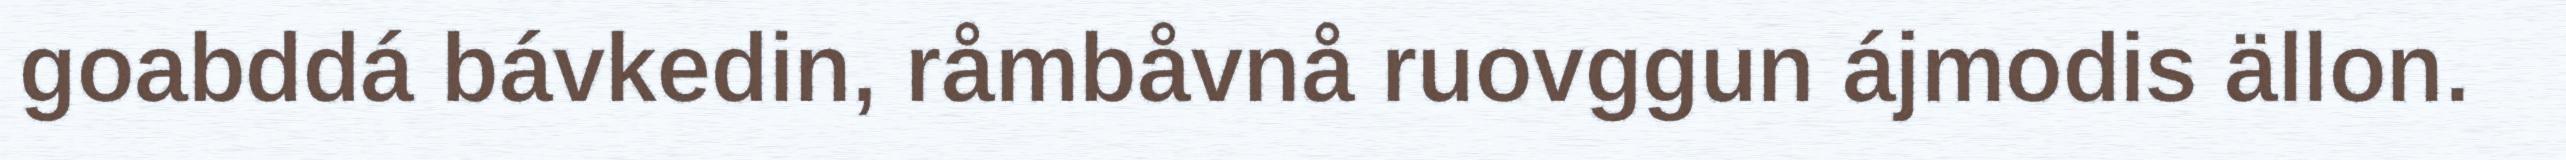
goabddá bávkedin, råmbåvnå ruovggun ájmodis ällon.